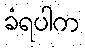
ခံရပါက